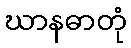
ဃာနဓာတုံ